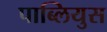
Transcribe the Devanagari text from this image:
पाब्लियुस